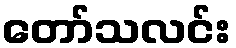
တော်သလင်း